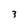
Character: 3